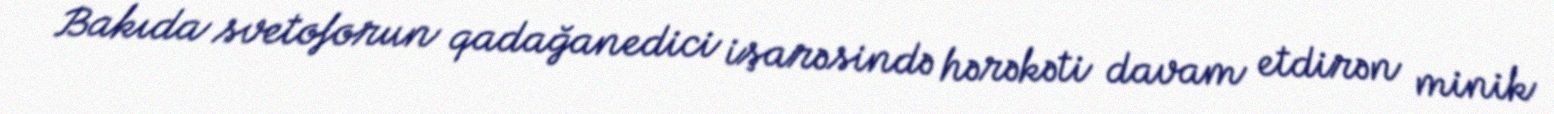
Bakıda svetoforun qadağanedici işarəsində hərəkəti davam etdirən minik